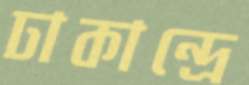
ঢাকান্দ্রে